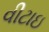
વીટાઇ